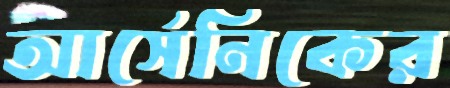
আর্সেনিকের